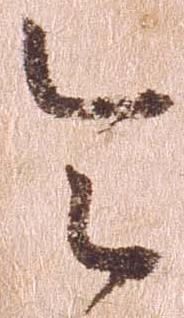
令